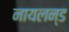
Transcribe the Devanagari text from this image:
नायलन्ड